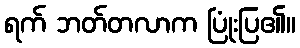
ရက် ဘတ်တလာက ပြုံးပြ၏။